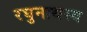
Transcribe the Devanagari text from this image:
रघुनाथस्य